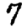
Digit: 7